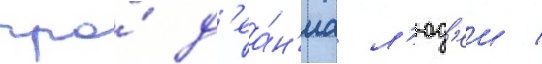
про́ д'еа́н'иа л'юд'еи /